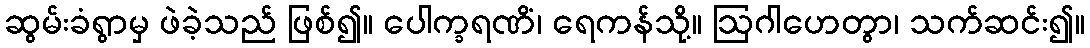
ဆွမ်းခံရွာမှ ဖဲခဲ့သည် ဖြစ်၍။ ပေါက္ခရဏိံ၊ ရေကန်သို့။ ဩဂါဟေတွာ၊ သက်ဆင်း၍။